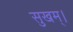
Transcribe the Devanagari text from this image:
सुखम्।